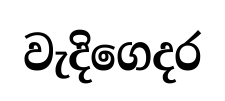
වැදිගෙදර